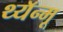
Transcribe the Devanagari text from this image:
थ्यॅन्मू